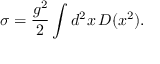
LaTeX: \sigma = { \frac { g ^ { 2 } } { 2 } } \int d ^ { 2 } x \, D ( x ^ { 2 } ) .